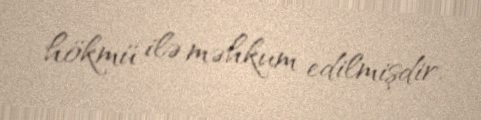
hökmü ilə məhkum edilmişdir.